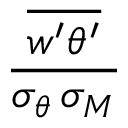
\frac { \overline { { w ^ { \prime } \theta ^ { \prime } } } } { \sigma _ { \theta } \, \sigma _ { M } }